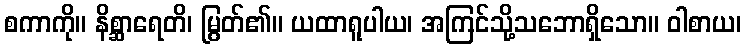
စကာကို။ နိစ္ဆာရေတိ၊ မြွတ်၏။ ယထာရူပါယ၊ အကြင်သို့သဘောရှိသော။ ဝါစာယ၊